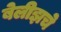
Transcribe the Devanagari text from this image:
बेलीझचे